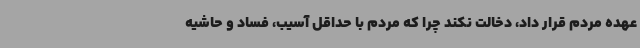
عهده مردم قرار داد، دخالت نکند چرا که مردم با حداقل آسیب، فساد و حاشیه